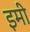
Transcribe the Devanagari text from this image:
इमी